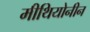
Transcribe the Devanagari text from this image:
मीथियोनीन